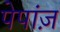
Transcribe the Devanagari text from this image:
पेपांज़